Sanitation, dispensaries and jails vaccination Rajputana 1922-1927 - 1922-1927
Year: 1922
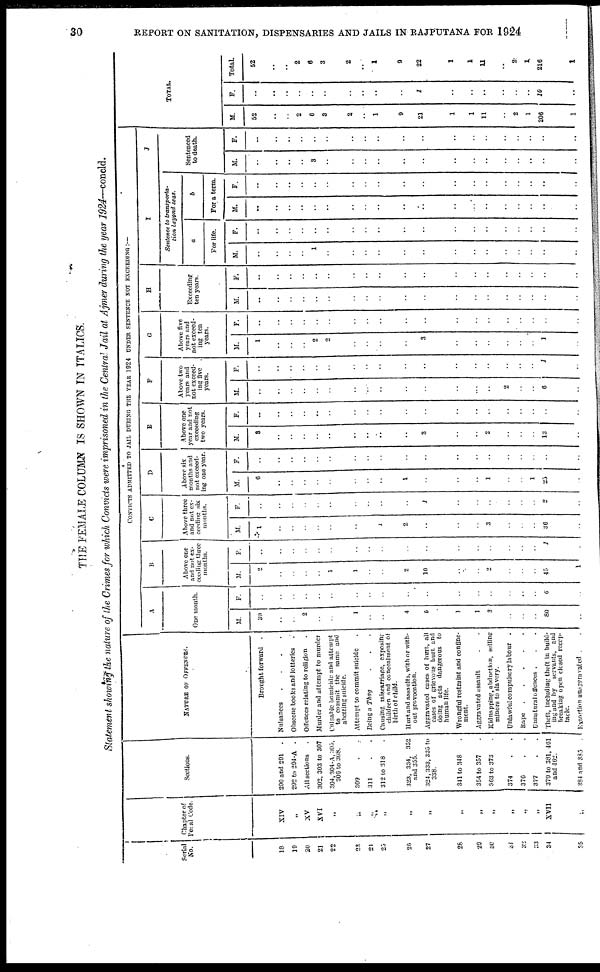
30
REPORT ON SANITATION, DISPENSARIES AND JAILS IN RAJPUTANA FOR 1924
THE FEMALE COLUMN IS SHOWN IN ITALICS.
Statement showing the nature of the Crimes for which Convicts were imprisoned in the Central Jail at Ajmer during the year 1924—concld.
Serial
No.
18
19
20
21
22
23
24
25
26
27
28
29
30
31
32
33
34
35
Chapter of
Penal Code.
XIV
„
XV
XVI
„
„
„
„
„
„
„
„
„
„
„
„
XVII
„
Sections.
290 and 291
.
292 to 294-A .
All sections .
302, 303 to 307
304,304-A,305,
306 to 308.
309
311
312 to 318 .
323, 334, 352
and 355.
324,333, 335 to
338.
341 to 348 .
354 to 357 .
363 to 373 .
374
370
377
379 to 381, 461
and 462.
384 and 385
NATURE OF OFFENCES.
Brought forward.
Nuisances
....
Obscene books and lotterics .
Offences relating to religion .
Murder and attempt to murder .
Culpable homicide and attempt
to commit the same and
abetting suicide.
Attempt to commit suicide .
Beinga Thag .
Causing in is carriage, exposing
children and concealment of
birth of child.
Hurt and assaults, with or with-
out provocation.
Aggravated cases of hurt, all
cases of grievous hurt and
doing acts dangerous to
human life.
Wrongful restraint and confine-
ment.
Aggravated assault ..
Kidnapping, abduction, selling
minors to slavery.
Unlawful compulsory labour
.
Rape
Unnatural offences .
Theft, including theft in build-
ing and by
servants, and
breaking open closed recep-
tacle.
Extortion unaggra vated ..
CONVICTS ADMITTED TO JAIL DURING THE YEAR 1924 UNDER SENTENCE NOT EXCEEDING:—
A
One month.
M.
39
..
..
2
..
..
1
..
..
4
5
1
1
3
..
..
..
80
..
F.
..
..
..
..
..
..
..
..
..
..
..
..
..
..
..
..
..
6
..
B
Above one
and not ex-
ceeding three
months.
M.
2
..
..
..
..
1
1
..
..
2
10
..
..
2
..
..
..
45
1
F.
..
..
..
..
..
..
..
..
..
..
..
..
..
..
..
..
..
1
..
C
Above three
and not ex-
ceeding six
months.
M.
1
..
..
..
..
..
..
..
..
2
..
..
..
3
..
..
..
36
..
F.
..
..
..
..
..
..
..
..
..
..
1
..
..
..
..
..
..
2
..
D
Above six
months and
not exceed-
ing one year.
M.
6
..
..
..
..
..
..
..
..
1
..
..
..
1
..
..
1
25
..
F.
..
..
..
..
..
..
..
..
..
..
..
..
..
..
..
..
..
..
..
E
Above one
year and not
exceeding
two years.
M.
3
..
..
..
..
..
..
..
..
..
3
..
..
2
..
..
..
13
..
F.
..
..
..
..
..
..
..
..
..
..
..
..
..
..
..
..
..
..
..
F
Above two
years and
not exceed-
ing five
years.
M.
..
..
..
..
..
..
..
..
..
..
..
..
..
..
2
..
..
6
..
F.
..
..
..
..
..
..
..
..
..
..
..
..
..
..
..
..
..
1
..
G
Above five
years and
not exceed-
ing ten
years.
M.
1
..
..
..
2
2
..
..
..
..
3
..
..
..
..
..
..
1
..
F.
..
..
..
..
..
..
..
..
..
..
..
..
..
..
..
..
..
..
..
H
Exceeding
ten years.
M.
..
..
..
..
..
..
..
..
..
..
..
..
..
..
..
..
..
..
..
F.
..
..
..
..
..
..
..
..
..
..
..
..
..
..
..
..
..
..
..
I
Sentence to transporta-
tion beyond seas.
a
For life.
M.
..
..
..
..
1
..
..
..
..
..
..
..
..
..
..
..
..
..
..
F.
..
..
..
..
..
..
..
..
..
..
..
..
..
..
..
..
..
..
..
b
For a term.
M.
..
..
..
..
..
..
..
..
..
..
..
..
..
..
..
..
..
..
..
F.
..
..
..
..
..
..
..
..
..
..
..
..
..
..
..
..
..
..
..
J
Sentenced
to death.
M.
..
..
..
..
3
..
..
..
..
..
..
..
..
..
..
..
..
..
..
F.
..
..
..
..
..
..
..
..
..
..
..
..
..
..
..
..
..
..
..
TOTAL.
M.
52
..
..
2
6
3
2
..
1
9
21
1
1
11
..
2
1
206
1
F.
..
...
..
..
..
..
..
..
..
..
1
..
..
..
..
..
..
10
..
Total.
52
..
..
2
6
3
2
..
1
9
22
1
1
11
..
2
1
216
1